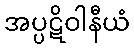
အပ္ပဋိဝါနီယံ